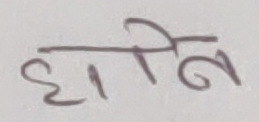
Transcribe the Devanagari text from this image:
हानिल